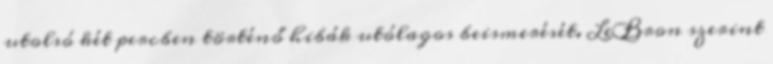
utolsó két percben történő hibák utólagos beismerését. LeBron szerint